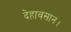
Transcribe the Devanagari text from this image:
देहावसान।